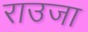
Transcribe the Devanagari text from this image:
राउजा